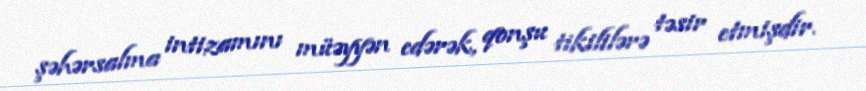
şəhərsalma intizamını müəyyən edərək, qonşu tikililərə təsir etmişdir.